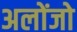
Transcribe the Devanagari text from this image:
अलोंजो